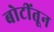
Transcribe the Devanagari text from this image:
बोटींतून